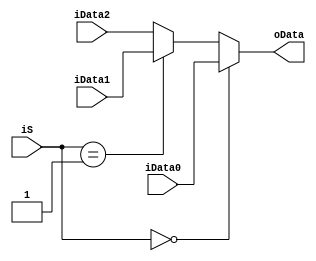
`timescale 1ns / 1ps
//////////////////////////////////////////////////////////////////////////////////
// Company: 
// Engineer: 
// 
// Design Name: 
// Module Name: MUX3_1
// Project Name: 
// Target Devices: 
// Tool Versions: 
// Description: 
// 
// Dependencies: 
// 
// Revision:
// Revision 0.01 - File Created
// Additional Comments:
// 
//////////////////////////////////////////////////////////////////////////////////


module MUX3_1(
   input [31:0]iData0,
   input [31:0]iData1,
   input [31:0]iData2,
   input [1:0]iS,
   output reg [31:0]oData
    );
  always @(*)
  begin
  if(iS==2'b00)
    oData=iData0;
  else if(iS==2'b01)
    oData=iData1;
   else
    oData=iData2;
  end  
endmodule